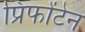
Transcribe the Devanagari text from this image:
प्रिफोंटेन